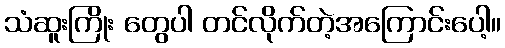
သံဆူးကြိုး တွေပါ တင်လိုက်တဲ့အကြောင်းပေါ့။